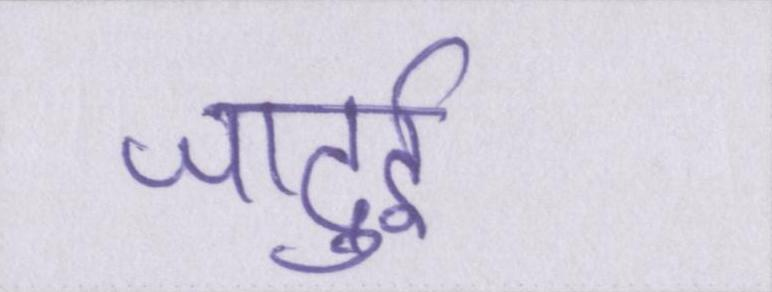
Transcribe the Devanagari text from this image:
जादुई।